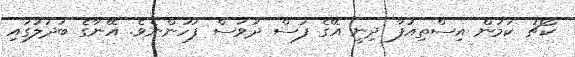
ކޯޗު ކަމުން އިސްތިއުފާ ދިނީ އޭގެ ފަސް ދުވަސް ފަހުންނެވެ. އޭނާގެ ބަދަލުގައި